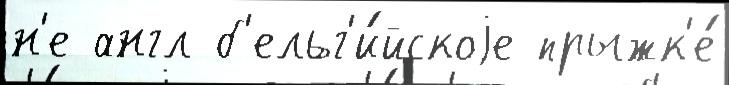
н'е англ б'ельг'и́йскоjе прыжк'е́